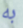
به